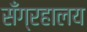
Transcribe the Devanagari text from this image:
सँग्रहालय